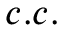
c . c .